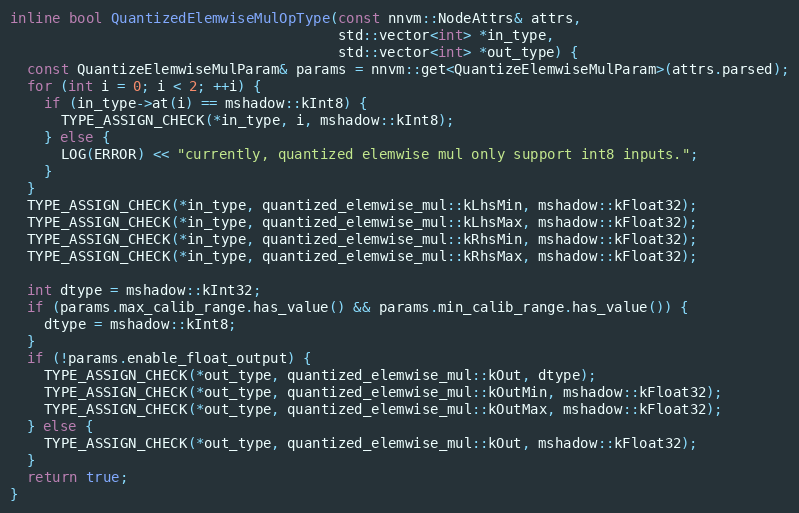
Language: C++
inline bool QuantizedElemwiseMulOpType(const nnvm::NodeAttrs& attrs,
                                       std::vector<int> *in_type,
                                       std::vector<int> *out_type) {
  const QuantizeElemwiseMulParam& params = nnvm::get<QuantizeElemwiseMulParam>(attrs.parsed);
  for (int i = 0; i < 2; ++i) {
    if (in_type->at(i) == mshadow::kInt8) {
      TYPE_ASSIGN_CHECK(*in_type, i, mshadow::kInt8);
    } else {
      LOG(ERROR) << "currently, quantized elemwise mul only support int8 inputs.";
    }
  }
  TYPE_ASSIGN_CHECK(*in_type, quantized_elemwise_mul::kLhsMin, mshadow::kFloat32);
  TYPE_ASSIGN_CHECK(*in_type, quantized_elemwise_mul::kLhsMax, mshadow::kFloat32);
  TYPE_ASSIGN_CHECK(*in_type, quantized_elemwise_mul::kRhsMin, mshadow::kFloat32);
  TYPE_ASSIGN_CHECK(*in_type, quantized_elemwise_mul::kRhsMax, mshadow::kFloat32);

  int dtype = mshadow::kInt32;
  if (params.max_calib_range.has_value() && params.min_calib_range.has_value()) {
    dtype = mshadow::kInt8;
  }
  if (!params.enable_float_output) {
    TYPE_ASSIGN_CHECK(*out_type, quantized_elemwise_mul::kOut, dtype);
    TYPE_ASSIGN_CHECK(*out_type, quantized_elemwise_mul::kOutMin, mshadow::kFloat32);
    TYPE_ASSIGN_CHECK(*out_type, quantized_elemwise_mul::kOutMax, mshadow::kFloat32);
  } else {
    TYPE_ASSIGN_CHECK(*out_type, quantized_elemwise_mul::kOut, mshadow::kFloat32);
  }
  return true;
}